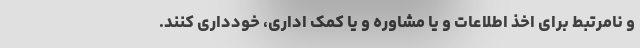
و نامرتبط برای اخذ اطلاعات و یا مشاوره و یا کمک اداری، خودداری کنند.